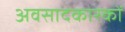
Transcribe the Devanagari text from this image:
अवसादकारकों